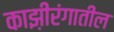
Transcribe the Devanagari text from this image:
काझ़ीरंगातील